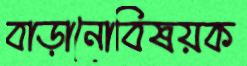
বাড়ানোবিষয়ক